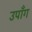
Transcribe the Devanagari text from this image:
उपाँग